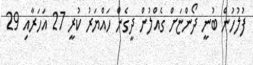
ފުލުހުން ބުނީ ދޯންޏަށް ގެއްލުން ދީގެން ހައްޔަރު ކުރީ 27 އަހަރާއި 29